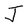
Character: J